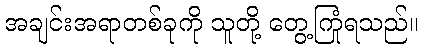
အချင်းအရာတစ်ခုကို သူတို့ တွေ့ကြုံရသည်။